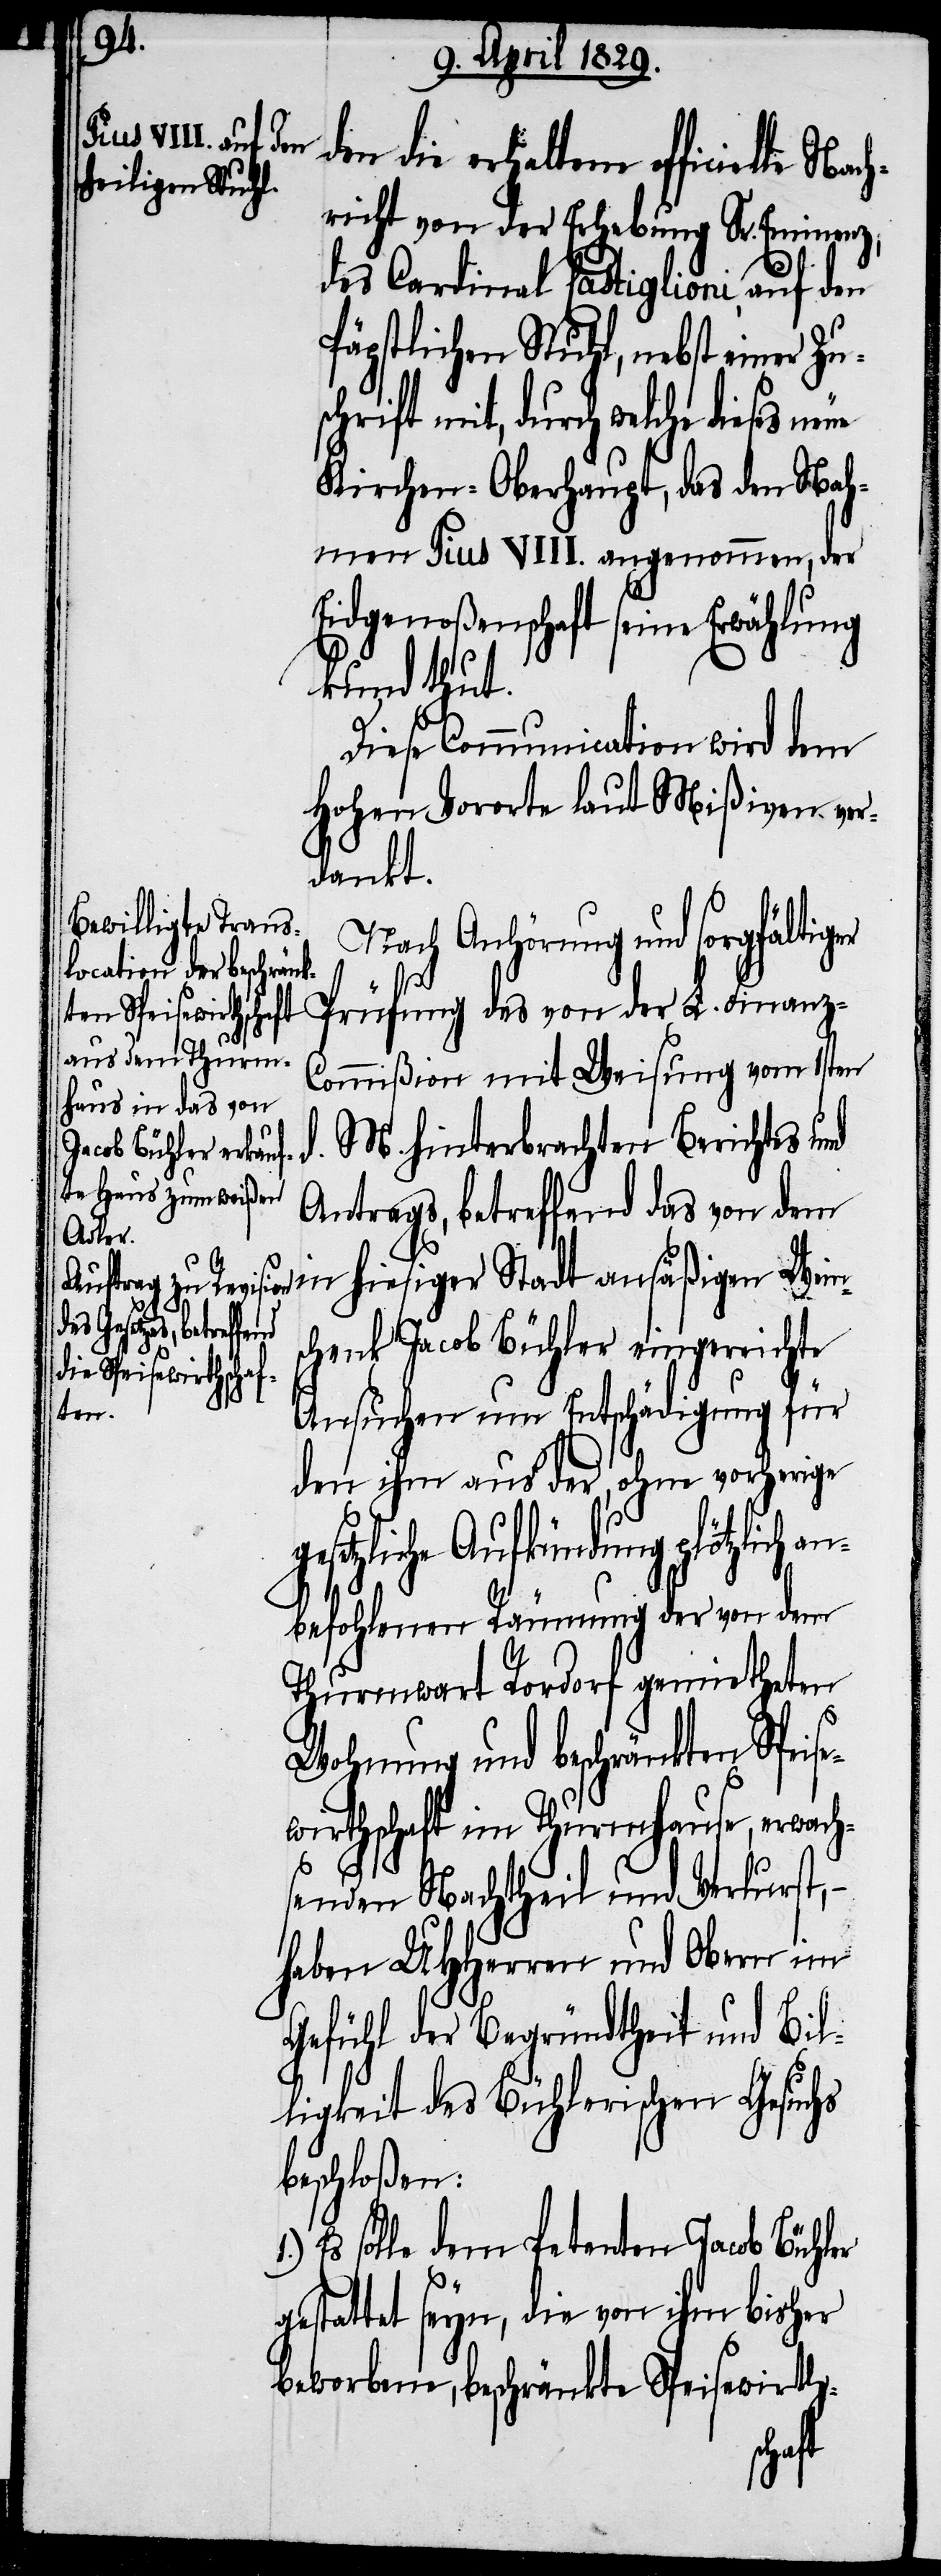
g¬
den die erhaltene officielle
richt von der Erhebung Sr. Eminenz,
des Cardinal Castiglioni, auf den
Päpstlichen Stuhl, nebst einer Zu¬
schrift mit, durch welche dieses
Kirchen-Oberhaupt, das den Nah¬
men Pius VIII. angenommen, der
Eidgenoßenschaft seine
kund thut.
Diese Communication wird dem
Hohen Vororte laut Mißiven ver¬
dankt.
Nach Anhörung und sorgfältiger
ommißion mit Weisung vom 1sten
d. M. hinterbrachten Berichts und
Antrags, betreffend das von dem
in hiesiger Stadt ansäßigen Weins¬
gesetzliche
chenk Jacob Bühler eingereichte
Ansuchen um Entschädigung für
den ihm aus der, ohne vorherige
befohlenen Räumung der von dem
Thurmwart Rordorf gemietheten
Wohnung und beschränkten Speis¬
ewirthschaft im Thurmhause, erwach¬
senden Nachtheil und Verlust,–
haben UHHerren und Obern im
Gefühl der Begründheit und Bil¬
ligkeit des Bühlerischen Gesuchs
beschloßen:
Es solle dem Petenten Jacob Bühler
estattet seyn, die von ihm bisher
beworbene, beschränkte Speisewirth-
Nach¬